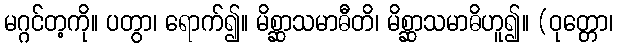
မဂ္ဂင်တ့ကို။ ပတွာ၊ ရောက်၍။ မိစ္ဆာသမာဓီတိ၊ မိစ္ဆာသမာဓိဟူ၍။ (ဝုတ္တော၊